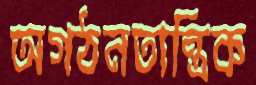
অগঠনতান্ত্রিক